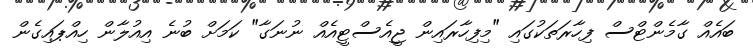
ބައެއް ގާމެންޓްސް ފިހާރަތަކުގައި "މިފިހާރައިން ޖީއެސްޓީއެއް ނުނަގާ" ކަމަށް ބުނެ އިއުލާން ހިއްޕައިގެން